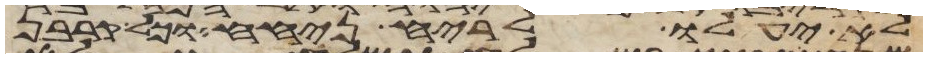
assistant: לא יעלו לריח ניחח וכל קרבן